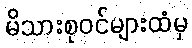
မိသားစုဝင်များထံမှ